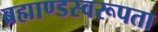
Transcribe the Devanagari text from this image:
ब्रह्माण्डस्वरूपता